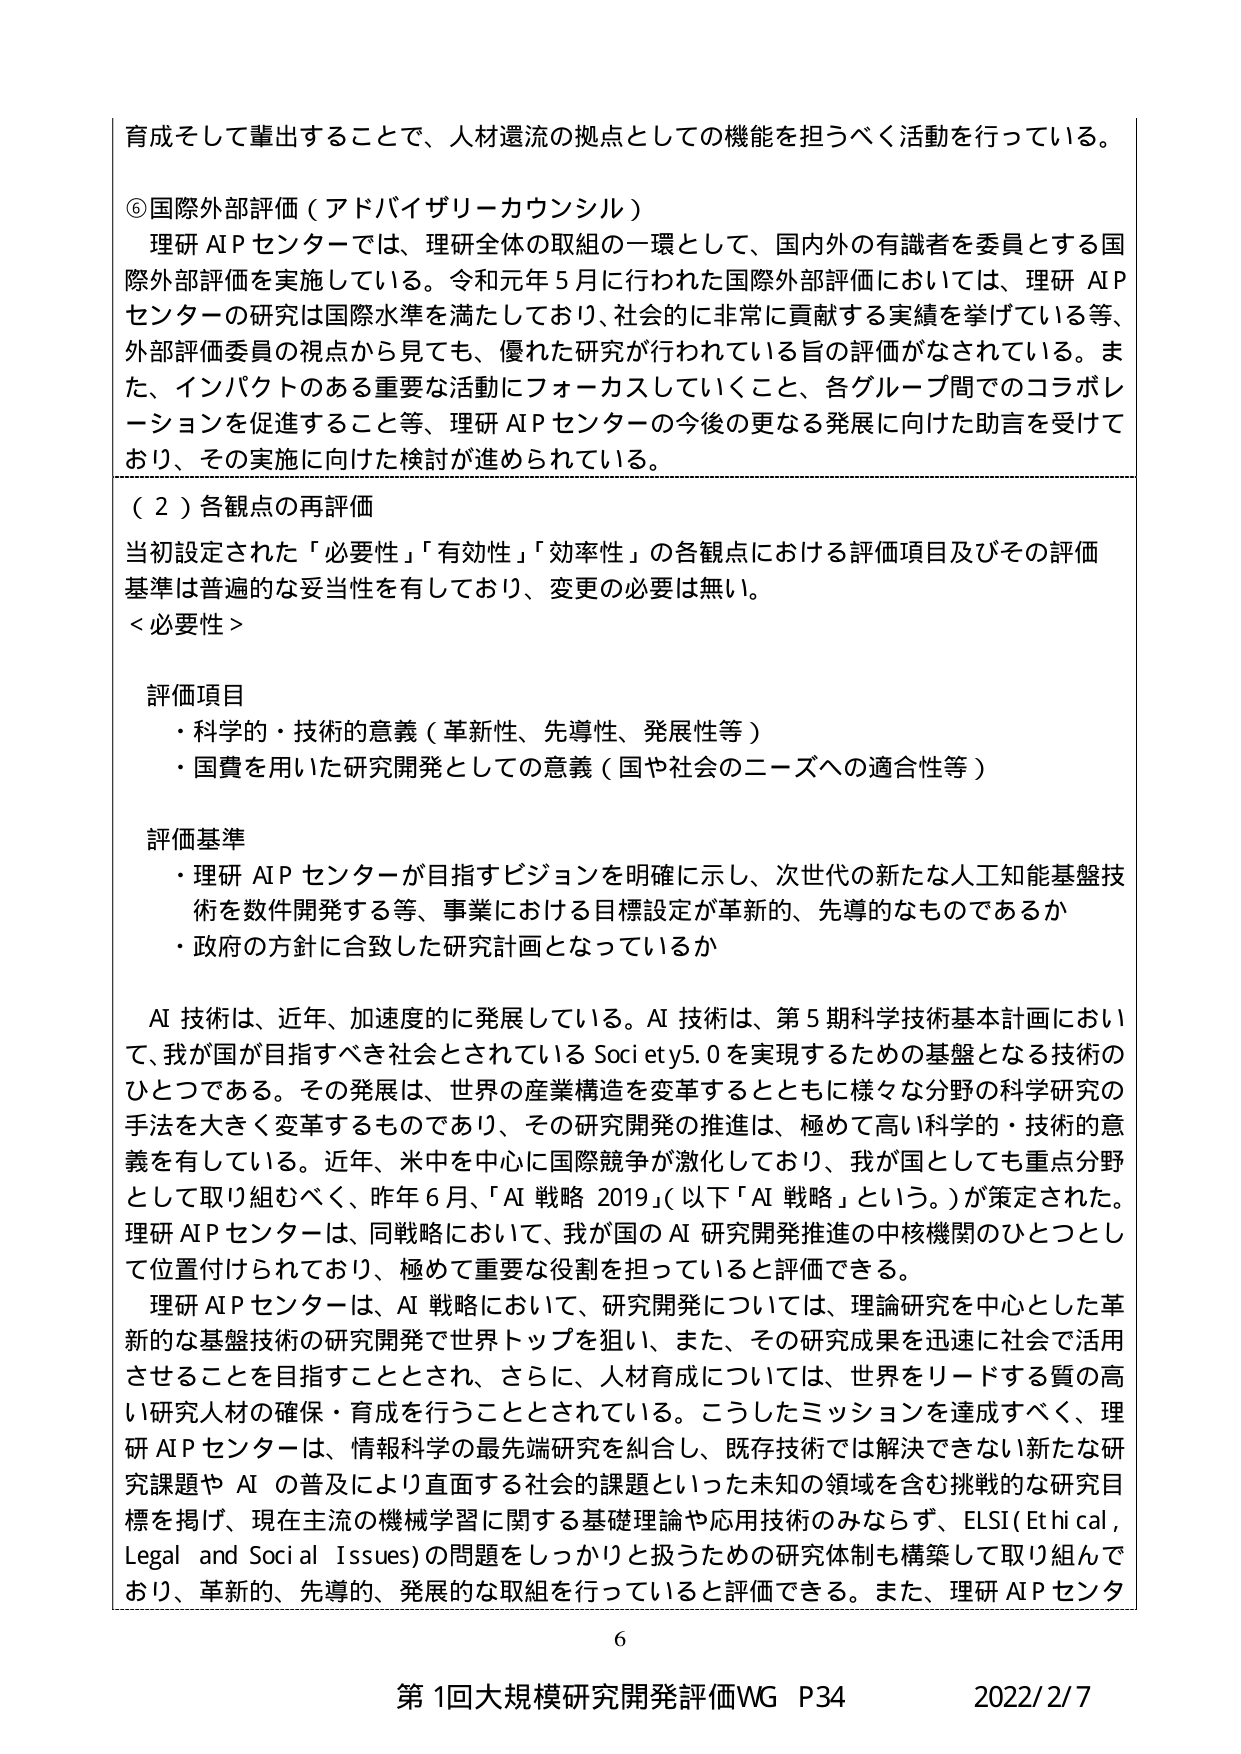
育成そして輩出することで、人材還流の拠点としての機能を担うべく活動を行っている。

⑥国際外部評価（アドバイザリーカウンシル）
理研 AI P センターでは、理研全体の取組の一環として、国内外の有識者を委員とする国際外部評価を実施している。令和元年5月に行われた国際外部評価においては、理研 AI P センターの研究は国際水準を満たしており、社会的に非常に貢献する実績を挙げている等、外部評価委員の視点から見ても、優れた研究が行われている旨の評価がなされている。また、インパクトのある重要な活動にフォーカスしていくこと、各グループ間でのコラボレーションを促進すること等、理研 AI P センターの今後の更なる発展に向けた助言を受けており、その実施に向けた検討が進められている。

（2）各観点の再評価
当初設定された「必要性」「有効性」「効率性」の各観点における評価項目及びその評価基準は普遍的な妥当性を有しており、変更の必要は無い。

＜必要性＞

評価項目
・科学的・技術的意義（革新性、先導性、発展性等）
・国費を用いた研究開発としての意義（国や社会のニーズへの適合性等）

評価基準
・理研 AI P センターが目指すビジョンを明確に示し、次世代の新たな人工知能基盤技術を数件開発する等、事業における目標設定が革新的、先導的なものであるか
・政府の方針に合致した研究計画となっているか

AI 技術は、近年、加速度的に発展している。AI 技術は、第5期科学技術基本計画において、我が国が目指すべき社会とされている Society5.0 を実現するための基盤となる技術のひとつである。その発展は、世界の産業構造を変革するとともに様々な分野の科学研究の手法を大きく変革するものであり、その研究開発の推進は、極めて高い科学的・技術的意義を有している。近年、米中を中心に国際競争が激化しており、我が国としても重点分野として取り組むべく、昨年6月、「AI 戦略 2019」（以下「AI 戦略」という。）が策定された。理研 AI P センターは、同戦略において、我が国の AI 研究開発推進の中核機関のひとつとして位置付けられており、極めて重要な役割を担っていると評価できる。

理研 AI P センターは、AI 戦略において、研究開発については、理論研究を中心とした革新的な基盤技術の研究開発で世界トップを狙い、また、その研究成果を迅速に社会で活用させることを目指すこととされ、さらに、人材育成については、世界をリードする質の高い研究人材の確保・育成を行うこととされている。こうしたミッションを達成すべく、理研 AI P センターは、情報科学の最先端研究を糾合し、既存技術では解決できない新たな研究課題や AI の普及により直面する社会的課題といった未知の領域を含む挑戦的な研究目標を掲げ、現在主流の機械学習に関する基礎理論や応用技術のみならず、ELSI（Ethical, Legal and Social Issues）の問題をしっかりと扱うための研究体制も構築して取り組んでおり、革新的、先導的、発展的な取組を行っていると評価できる。また、理研 AI P センタ

6

第1回大規模研究開発評価WG P34 2022/2/7